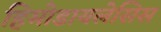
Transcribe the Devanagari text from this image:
हिमोडायलेसिस